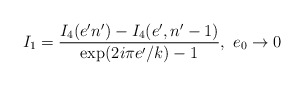
\begin{align*}I_{1}=\frac{I_{4}(e'n')-I_{4}(e',n'-1)}{\mbox{exp}(2i\pi e'/k)-1},\ e_{0}\rightarrow0\end{align*}